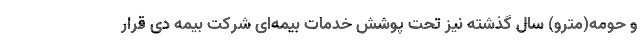
و حومه(مترو) سال گذشته نیز تحت پوشش خدمات بیمه‌ای شرکت بیمه دی قرار